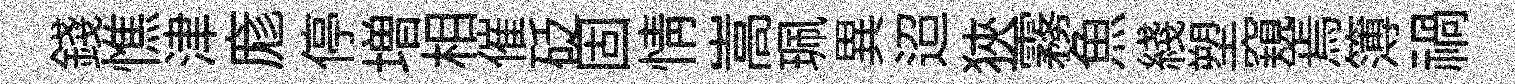
錢憔津庬停増相催砭固情嵩珮異迢狹霧魚綫塑窺焉簿禍